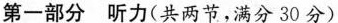
第一部分 听力(共两节,满分30分)